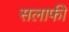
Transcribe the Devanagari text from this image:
सलाफी